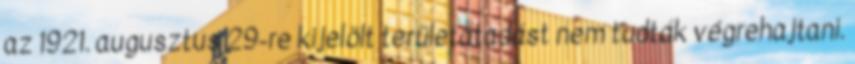
az 1921. augusztus 29-re kijelölt területátadást nem tudták végrehajtani.